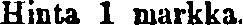
Hinta 1 markka.